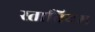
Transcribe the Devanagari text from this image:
स्तातियस